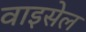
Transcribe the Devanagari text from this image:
वाइसेल